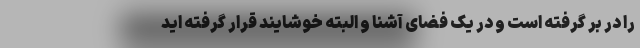
را در بر گرفته است و در یک فضای آشنا و البته خوشایند قرار گرفته اید